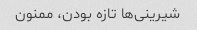
شیرینی‌ها تازه بودن، ممنون